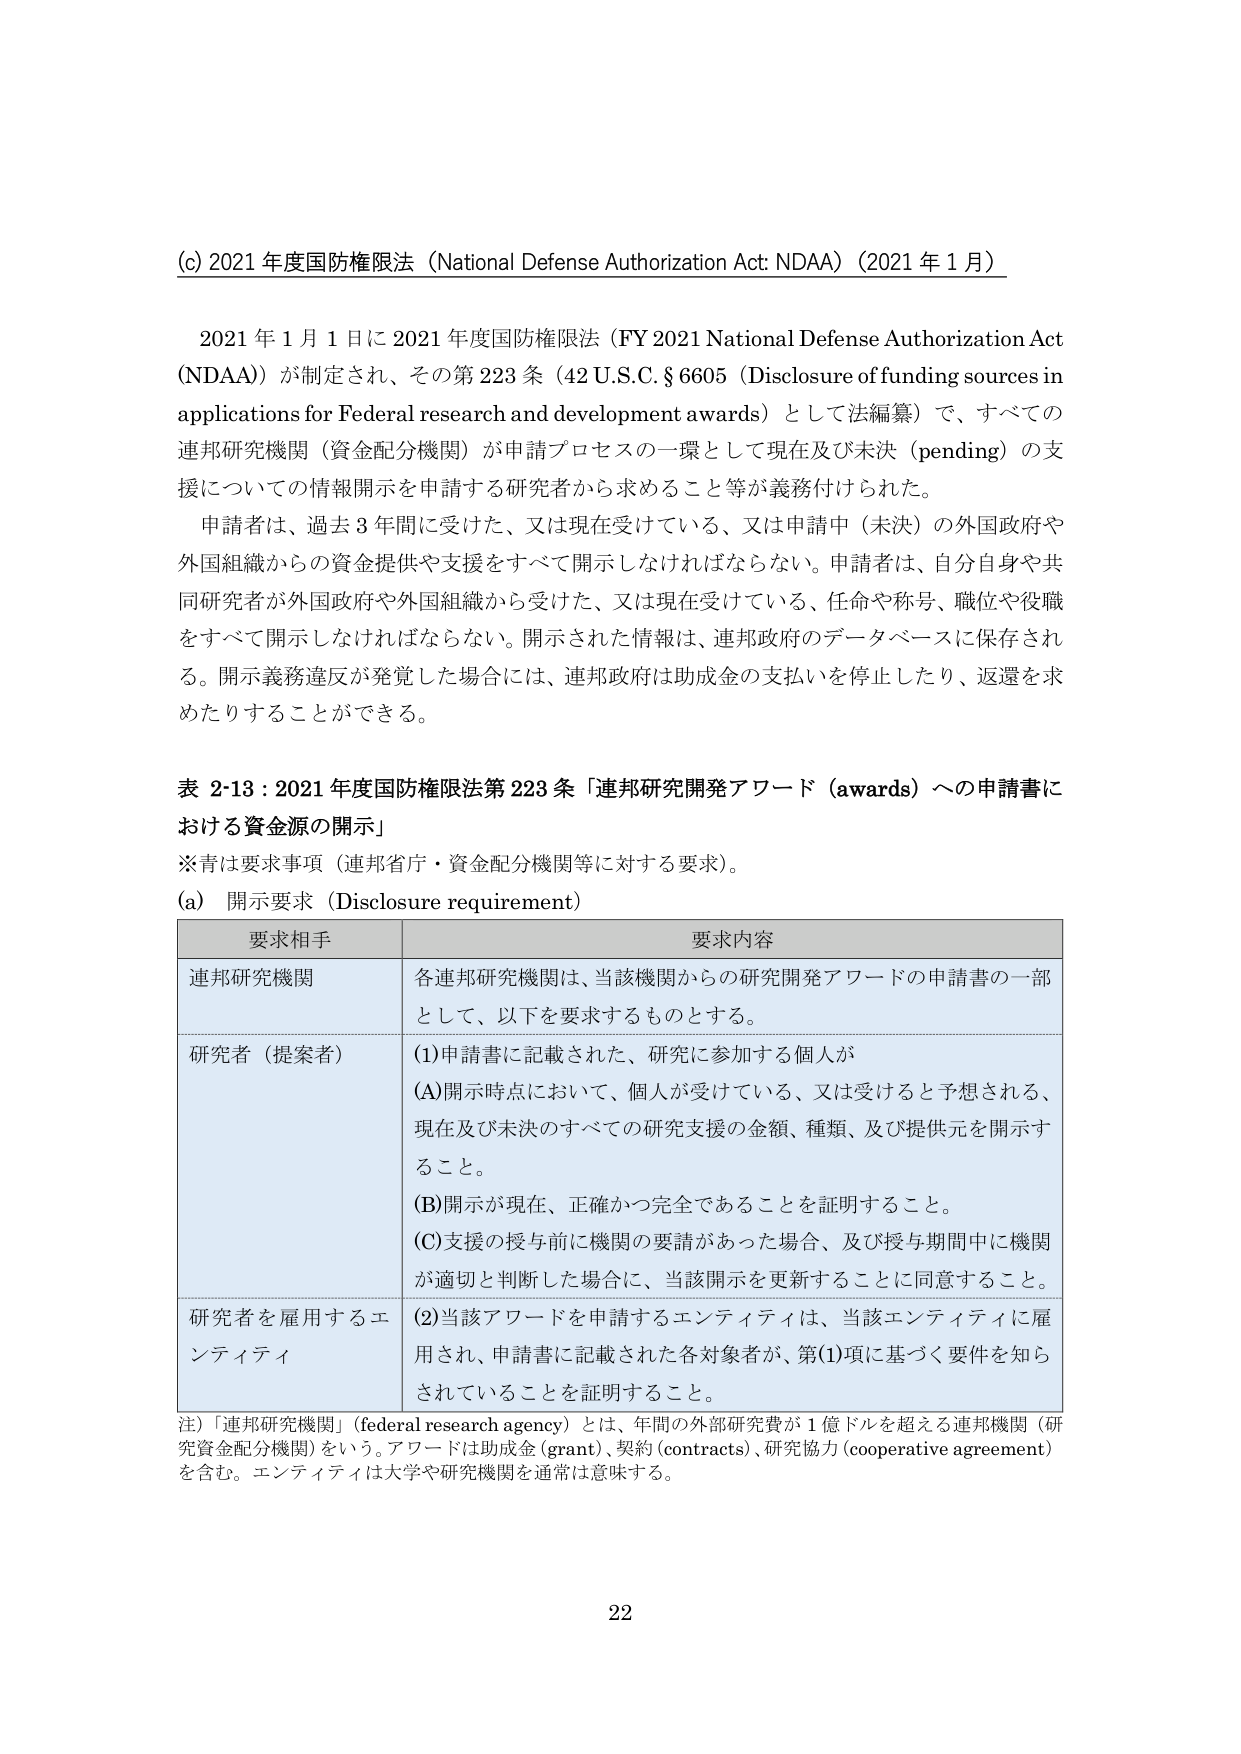
(c) 2021 年度国防権限法（National Defense Authorization Act: NDAA）（2021 年 1 月）

2021 年 1 月 1 日に 2021 年度国防権限法（FY 2021 National Defense Authorization Act (NDAA)）が制定され、その第 223 条（42 U.S.C. § 6605（Disclosure of funding sources in applications for Federal research and development awards）として法編纂）で、すべての連邦研究機関（資金配分機関）が申請プロセスの一環として現在及び未決（pending）の支援についての情報開示を申請する研究者から求めること等が義務付けられた。

申請者は、過去 3 年間に受けた、又は現在受けている、又は申請中（未決）の外国政府や外国組織からの資金提供や支援をすべて開示しなければならない。申請者は、自分自身や共同研究者が外国政府や外国組織から受けた、又は現在受けている、任命や称号、職位や役職をすべて開示しなければならない。開示された情報は、連邦政府のデータベースに保存される。開示義務違反が発覚した場合には、連邦政府は助成金の支払いを停止したり、返還を求めたりすることができる。

表 2-13：2021 年度国防権限法第 223 条「連邦研究開発アワード（awards）への申請書における資金源の開示」

※青は要求事項（連邦省庁・資金配分機関等に対する要求）。

(a) 開示要求（Disclosure requirement）

| 要求相手 | 要求内容 |
|----------|----------|
| 連邦研究機関 | 各連邦研究機関は、当該機関からの研究開発アワードの申請書の一部として、以下を要求するものとする。 |
| 研究者（提案者） | (1)申請書に記載された、研究に参加する個人が<br>(A)開示時点において、個人が受けている、又は受けると予想される、現在及び未決のすべての研究支援の金額、種類、及び提供元を開示すること。<br>(B)開示が現在、正確かつ完全であることを証明すること。<br>(C)支援の授与前に機関の要請があった場合、及び授与期間中に機関が適切と判断した場合に、当該開示を更新することに同意すること。 |
| 研究者を雇用するエンティティ | (2)当該アワードを申請するエンティティは、当該エンティティに雇用され、申請書に記載された各対象者が、第(1)項に基づく要件を知らされていることを証明すること。 |

注）「連邦研究機関」（federal research agency）とは、年間の外部研究費が 1 億ドルを超える連邦機関（研究資金配分機関）をいう。アワードは助成金（grant）、契約（contracts）、研究協力（cooperative agreement）を含む。エンティティは大学や研究機関を通常は意味する。

22